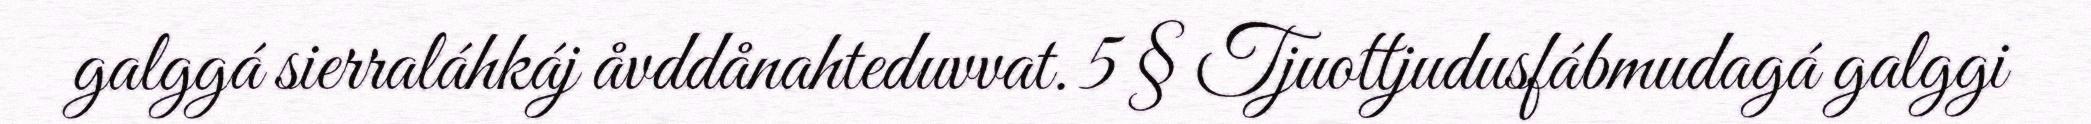
galggá sierraláhkáj åvddånahteduvvat. 5 § Tjuottjudusfábmudagá galggi